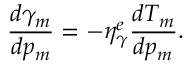
\frac { d \gamma _ { m } } { d p _ { m } } = - \eta _ { \gamma } ^ { e } \frac { d T _ { m } } { d p _ { m } } .